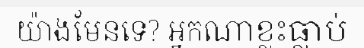
យ៉ាងមែនទេ? អ្នកណាខ្លះធ្លាប់